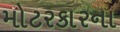
મોટરકારના